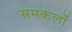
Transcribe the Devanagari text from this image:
समकलों